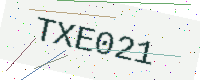
Text: TXE021